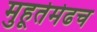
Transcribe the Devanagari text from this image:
मुहूर्तमेढच